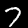
Digit: 7